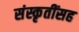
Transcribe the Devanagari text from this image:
संस्कृतींसह